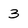
Character: 3